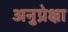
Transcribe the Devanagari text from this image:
अनुप्रेक्षा